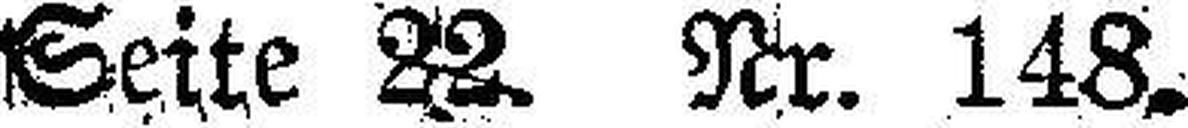
Seite 22. Nr. 148.